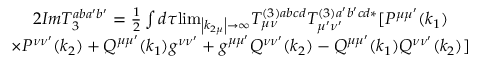
\begin{array} { c } { { 2 I m T _ { 3 } ^ { a b a ^ { \prime } b ^ { \prime } } = \frac 1 2 \int d \tau { \operatorname * { l i m } _ { \left| k _ { 2 \mu } \right| \rightarrow \infty } } T _ { \mu \nu } ^ { ( 3 ) a b c d } T _ { \mu ^ { \prime } \nu ^ { \prime } } ^ { ( 3 ) a ^ { \prime } b ^ { \prime } c d * } [ P ^ { \mu \mu ^ { \prime } } ( k _ { 1 } ) } } \\ { { \times P ^ { \nu \nu ^ { \prime } } ( k _ { 2 } ) + Q ^ { \mu \mu ^ { \prime } } ( k _ { 1 } ) g ^ { \nu \nu ^ { \prime } } + g ^ { \mu \mu ^ { \prime } } Q ^ { \nu \nu ^ { \prime } } ( k _ { 2 } ) - Q ^ { \mu \mu ^ { \prime } } ( k _ { 1 } ) Q ^ { \nu \nu ^ { \prime } } ( k _ { 2 } ) ] } } \end{array}